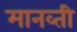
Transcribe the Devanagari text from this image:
मानव्ती